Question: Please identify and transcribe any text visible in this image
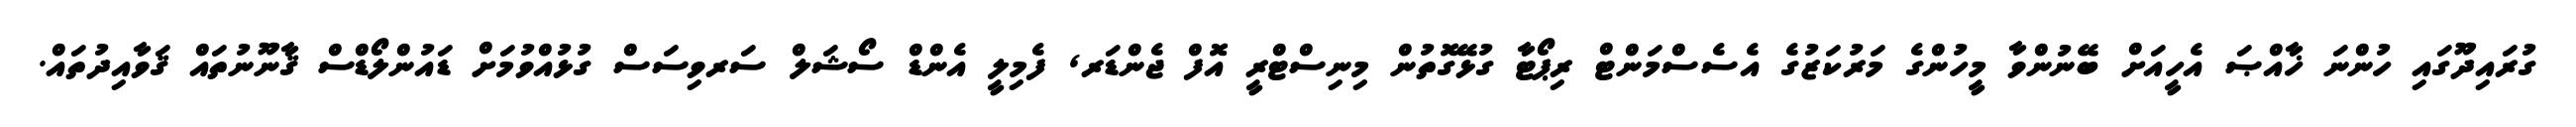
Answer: ގުރައިދޫގައި ހުންނަ ޚާއްޞަ އެހީއަށް ބޭނުންވާ މީހުންގެ މަރުކަޒުގެ އެސެސްމަންޓް ރިޕޯޓާ ގުޅޭގޮތުން މިނިސްޓްރީ އޮފް ޖެންޑަރ, ފެމިލީ އެންޑް ސޯޝަލް ސަރވިސަސް ގުޅުއްވުމަށް ޑައުންލޯޑްސް ޤާނޫނުތައް ޤަވާއިދުތައް.